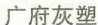
广府灰塑